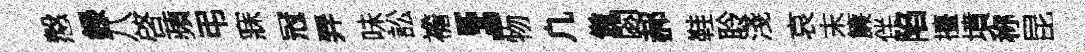
慤録八啓蘋弔寐冠弄味訟襜，物凢傲閟郝鞋聆淺哀末簾伴陷擡墳称昆